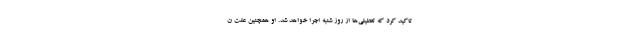
تاکید کرد که تعطیلی‌ها از روز شنبه اجرا خواهد شد. او همچنین علت ن